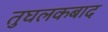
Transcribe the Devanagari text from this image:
तुघलकबाद